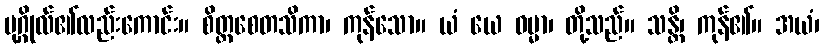
ပုဂ္ဂိုလ်၏လည်းကောင်း။ စိတ္တစေတသိကာ၊ ကုန်သော။ ယံ ယေ ဓမ္မာ၊ တို့သည်။ သန္တိ၊ ကုန်၏။ အယံ၊